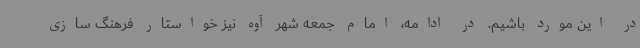
در این مورد باشیم. در ادامه، امام جمعه شهر آوه نیز خواستار فرهنگ سازی